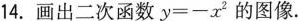
14.画出二次函数$$y = - x ^ { 2 }$$的图像.